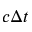
c \Delta t